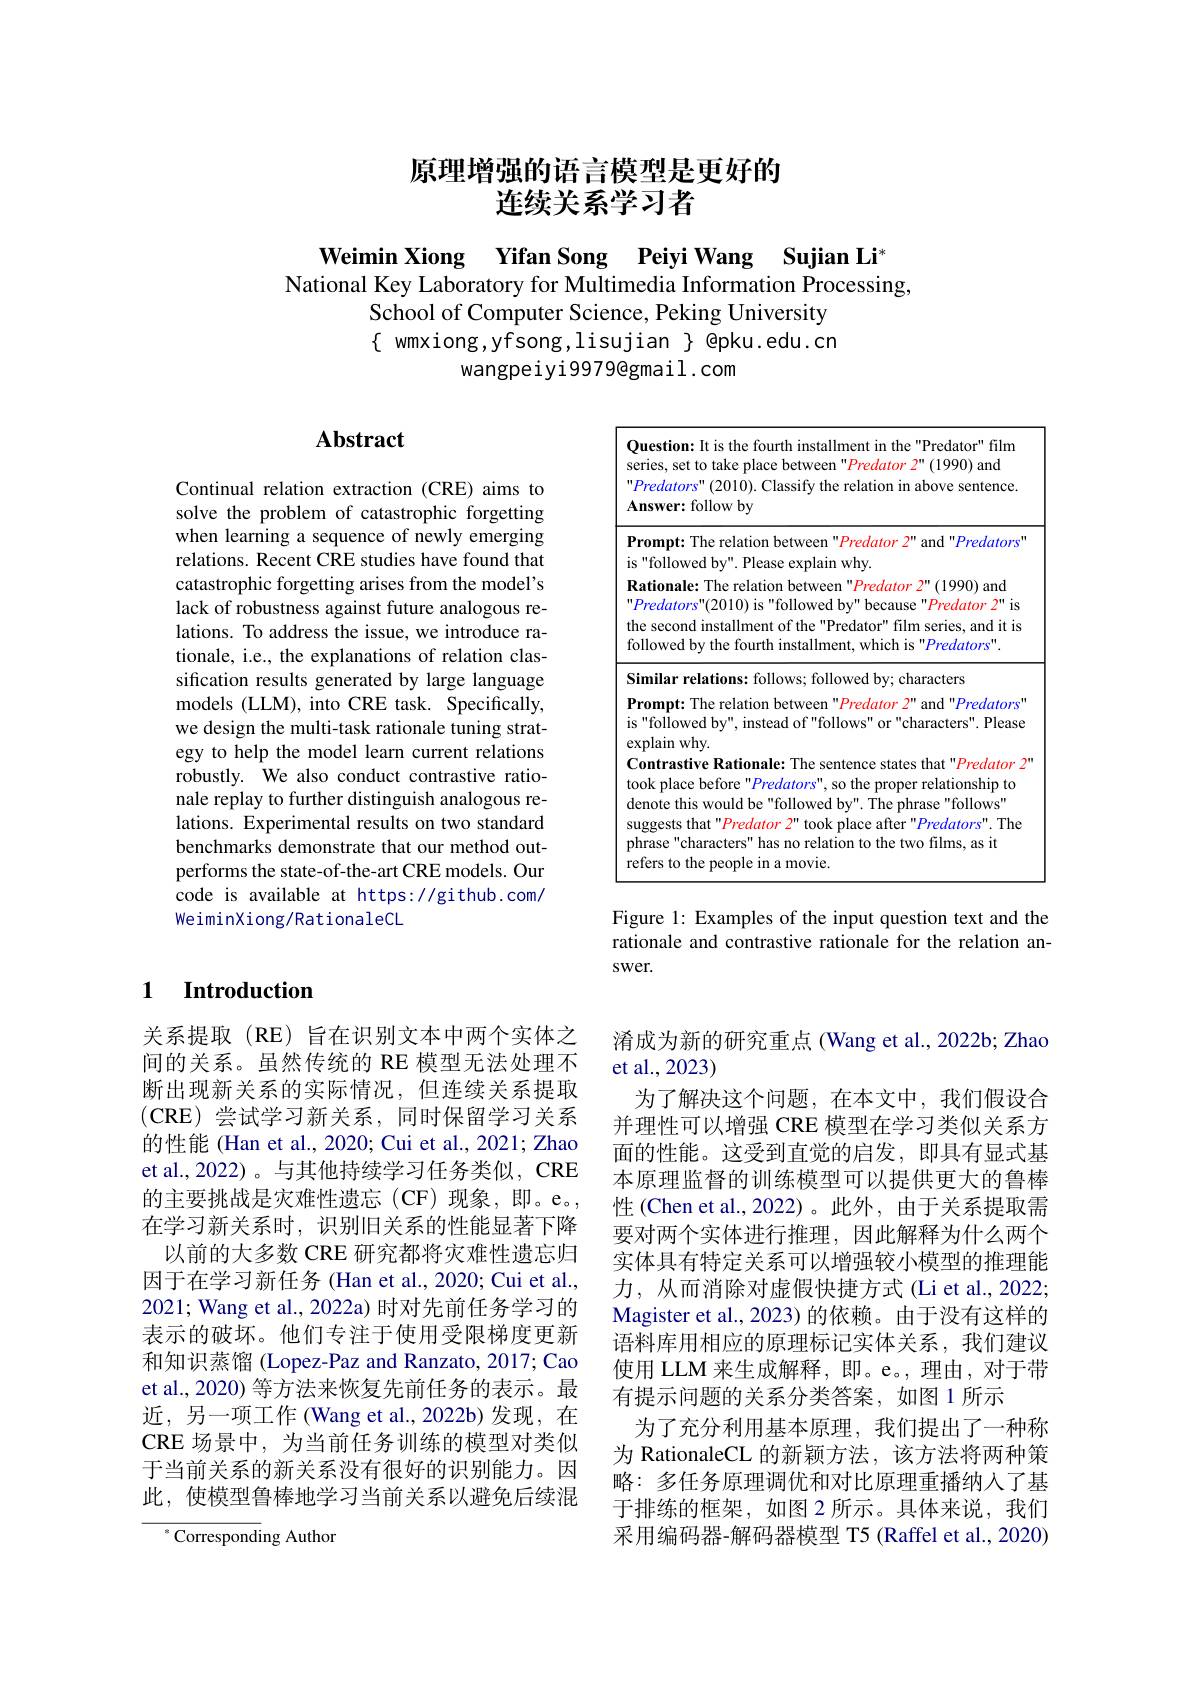
# 原理增强的语言模型是更好的连续关系学习者

Weimin Xiong Yifan Song Peiyi Wang Sujian Li
National Key Laboratory for Multimedia Information Processing,
School of Computer Science, Peking University $\{$ wmxiong,yfsong,lisujian $\}$ epku.edu.cn
wangpeiyi9979@gmail.com

## $\mathbf{Abstract}$

Continual relation extraction (CRE) aims to solve the problem of catastrophic forgetting when learning a sequence of newly emerging relations. Recent CRE studies have found that catastrophic forgetting arises from the model's lack of robustness against future analogous relations. To address the issue, we introduce rationale, i.e., the explanations of relation classification results generated by large language models (LLM), into CRE task. Specifically, we design the multi-task rationale tuning strategy to help the model learn current relations robustly. We also conduct contrastive rationale replay to further distinguish analogous relations. Experimental results on two standard benchmarks demonstrate that our method outperforms the state-of-the-art CRE models. Our code is available at https://github.com/ WeiminXiong/RationaleCL

### 1 $\textbf{Introduction}$

关系提取(RE)旨在识别文本中两个实体之间的关系。虽然传统的 RE 模型无法处理不断出现新关系的实际情况，但连续关系提取(CRE)尝试学习新关系，同时保留学习关系的性能 (Han et al., 2020; Cui et al., 2021; Zhao et al.,2022)。与其他持续学习任务类似，CRE 的主要挑战是灾难性遗忘(CF)现象，即。e。, 在学习新关系时，识别旧关系的性能显著下降以前的大多数 CRE 研究都将灾难性遗忘归因于在学习新任务 (Han et al., 2020; Cui et al., 2021; Wang et al., 2022a) 时对先前任务学习的表示的破坏。他们专注于使用受限梯度更新和知识蒸馏 (Lopez-Paz and Ranzato, 2017; Cao et al., 2020) 等方法来恢复先前任务的表示。最近，另一项工作 (Wang et al.,2022b)发现，在CRE 场景中，为当前任务训练的模型对类似于当前关系的新关系没有很好的识别能力。因此，使模型鲁棒地学习当前关系以避免后续混

$^{*}$Corresponding Author

<FigureHere>

Figure 1: Examples of the input question text and the rationale and contrastive rationale for the relation answer.

淆成为新的研究重点 (Wang et al., 2022b; Zhao
et al.,2023)

为了解决这个问题，在本文中，我们假设合并理性可以增强 CRE 模型在学习类似关系方面的性能。这受到直觉的启发，即具有显式基本原理监督的训练模型可以提供更大的鲁棒性 (Chen et al.,2022)。此外，由于关系提取需要对两个实体进行推理，因此解释为什么两个实体具有特定关系可以增强较小模型的推理能力，从而消除对虚假快捷方式 (Li et al., 2022; Magister et al., 2023) 的依赖。由于没有这样的语料库用相应的原理标记实体关系，我们建议使用 LLM 来生成解释，即。e。,理由，对于带有提示问题的关系分类答案，如图 1 所示
为了充分利用基本原理，我们提出了一种称为 RationaleCL 的新颖方法，该方法将两种策略：多任务原理调优和对比原理重播纳人了基于排练的框架，如图 2 所示。具体来说，我们采用编码器-解码器模型 T5 (Raffel et al., 2020)